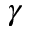
\gamma